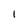
Character: 1